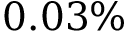
0 . 0 3 \%